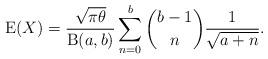
LaTeX: \begin{align*}\operatorname{E}(X)=\frac{\sqrt{\pi\theta}}{\operatorname{B}(a,b)}\sum_{n=0}^b \binom{b-1}{n} \frac{1}{\sqrt{a+n}}.\end{align*}